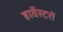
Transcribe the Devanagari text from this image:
हार्वेस्टरों